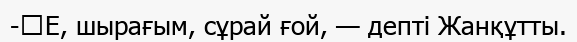
-	Е, шырағым, сұрай ғой, — депті Жанқұтты.